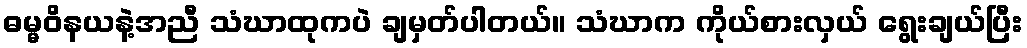
ဓမ္မဝိနယနဲ့အညီ သံဃာထုကပဲ ချမှတ်ပါတယ်။ သံဃာက ကိုယ်စားလှယ် ရွေးချယ်ပြီး